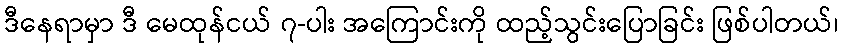
ဒီနေရာမှာ ဒီ မေထုန်ငယ် ၇-ပါး အကြောင်းကို ထည့်သွင်းပြောခြင်း ဖြစ်ပါတယ်၊